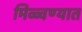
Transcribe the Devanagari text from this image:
मिळ्वण्यात